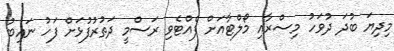
މިދިޔަ ބުދަ ދުވަހު މިސްރާއި މޯލްޓާއަށް ފެއްޓެވި ރަސްމީ ދަތުރުފުޅަށް ފަހު ނައިބު